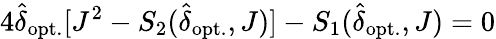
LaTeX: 4\hat{\delta}_{\mathrm{opt.}}[J^{2}-S_{2}(\hat{\delta}_{\mathrm{opt.}},J)]-S_{1}(\hat{\delta}_{\mathrm{opt.}},J)=0